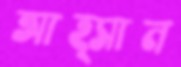
আহ্সান